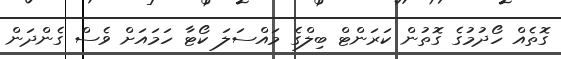
ގޮތެއް ހޯދުމުގެ ގޮތުން ކަރަންޓް ބިލްގެ މައްސަލަ ކޯޓާ ހަމައަށް ވެސް ގެންދަން